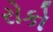
રોકો